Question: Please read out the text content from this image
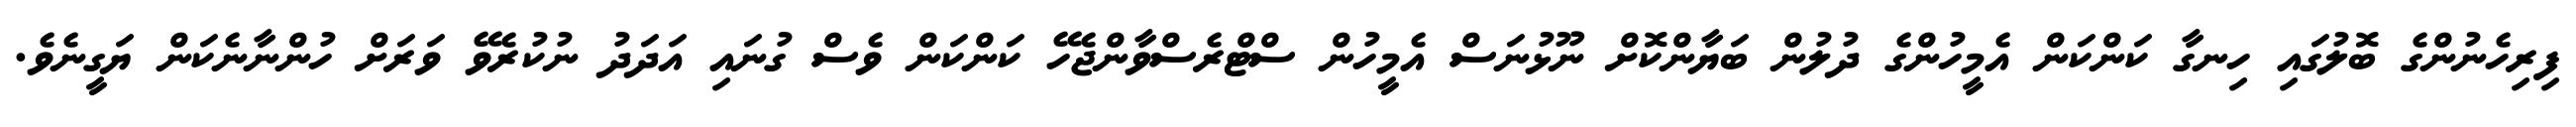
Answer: ފިރިހެނުންގެ ބޮލުގައި ހިނގާ ކަންކަން އެމީހުންގެ ދުލުން ބަޔާންކޮށް ނޫޅުނަސް އެމީހުން ސްޓްރެސްވާންޖެހޭ ކަންކަން ވެސް ގުނައި އަދަދު ނުކުރެވޭ ވަރަށް ހުންނާނެކަން ޔަގީނެވެ.